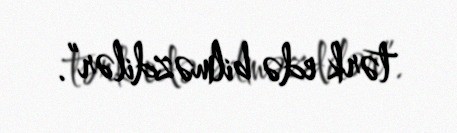
tərk edə bilməzdilər”.